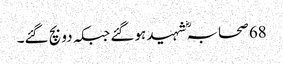
68 صحابہؓ شہید ہوگئے جبکہ دو بچ گئے۔